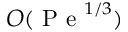
O ( \mathrm { ~ P ~ e ~ } ^ { 1 / 3 } )